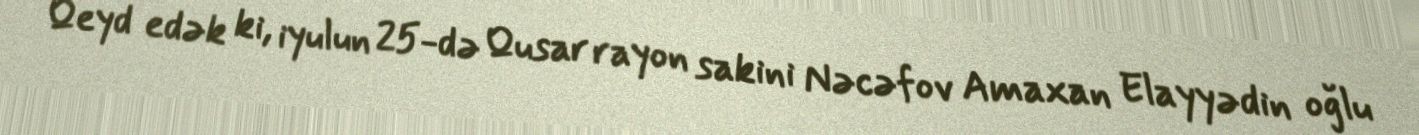
Qeyd edək ki, iyulun 25-də Qusar rayon sakini Nəcəfov Amaxan Elayyədin oğlu